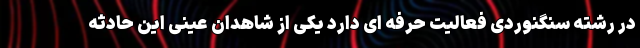
در رشته سنگنوردی فعالیت حرفه ای دارد یکی از شاهدان عینی این حادثه